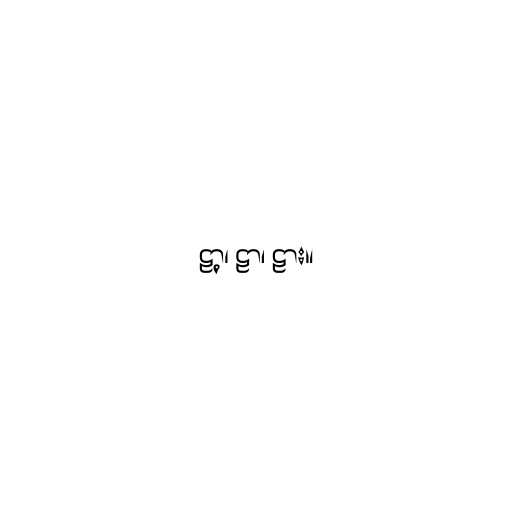
ဠာ့၊ ဠာ၊ ဠား။